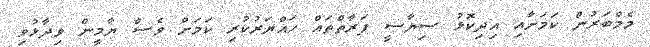
މެމްބަރުން ކަމަށާއި އިދިކޮޅު ސިޔާސީ ފަރާތްތައް ހައްޔަރުކުރި ކަމަށް ވެސް ޔާމީން ވިދާޅުވި